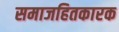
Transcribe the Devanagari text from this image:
समाजहितकारक